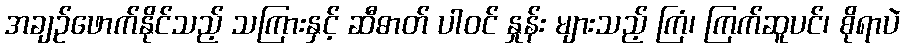
အချဉ်ဖောက်နိုင်သည့် သကြားနှင့် ဆီဓာတ် ပါဝင် နှုန်း များသည့် ကြံ၊ ကြက်ဆူပင်၊ စိုရာပဲ